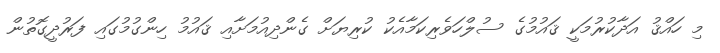
މި ހައްޤު އަދާކުރުމަކީ ޤައުމުގެ ސުލްހަވެރިކަމާއެކު ކުރިޔަށް ގެންދިއުމަށާއި ޤައުމު ހިންގުމުގައި ފަރުދީގޮތުން